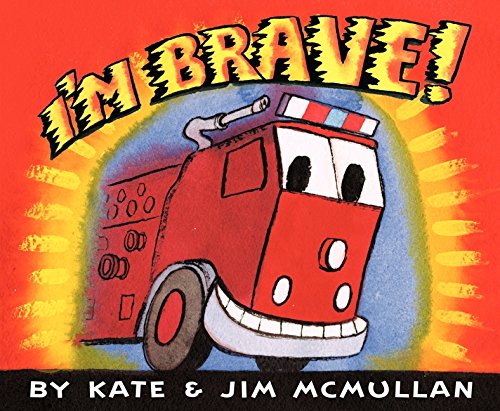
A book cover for I'm Brave!; Kate McMullan; Children's Books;